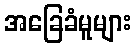
အခြေခံမူများ